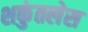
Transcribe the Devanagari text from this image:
शकुंतलेस